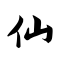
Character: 仙